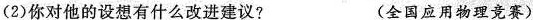
(2)你对他的设想有什么改进建议? (全国应用物理竞赛)